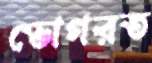
ভোগরত